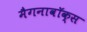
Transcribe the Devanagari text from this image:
मैगनावॉक्स